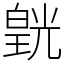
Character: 皝